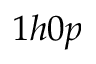
1 h 0 p